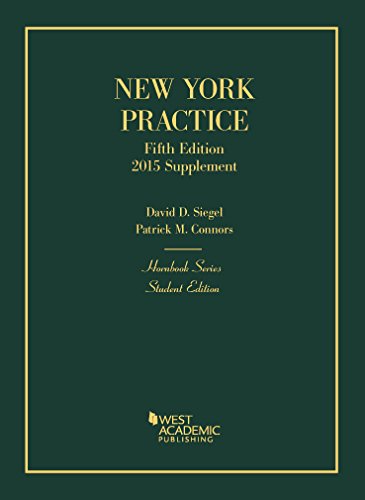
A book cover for New York Practice, 5th, Student Edition, 2015 Supplement (Hornbook); Patrick Connors; Law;